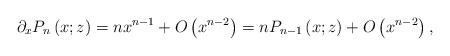
LaTeX: \begin{align*}\partial_{x}P_{n}\left( x;z\right) =nx^{n-1}+O\left( x^{n-2}\right)=nP_{n-1}\left( x;z\right) +O\left( x^{n-2}\right) , \end{align*}